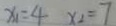
x _ { 1 } = 4 x _ { 2 } = 7